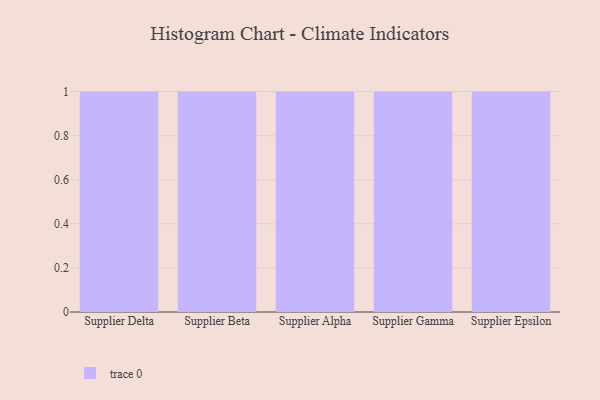
{"axis": {"x": "Supplier", "y": "Website Visitors"}, "legend": [""], "data": [{"x": "Supplier Delta", "y": 50, "type": ""}, {"x": "Supplier Beta", "y": 54, "type": ""}, {"x": "Supplier Alpha", "y": 1, "type": ""}, {"x": "Supplier Gamma", "y": 85, "type": ""}, {"x": "Supplier Epsilon", "y": 57, "type": ""}]}